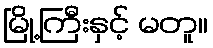
မြို့ကြီးနှင့် မတူ။